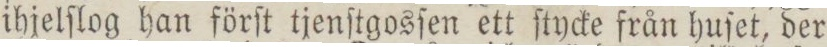
ihjelſlog han förſt tjenſtgosſen ett ſtycke från huſet, der